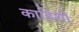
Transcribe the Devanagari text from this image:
काहिशी